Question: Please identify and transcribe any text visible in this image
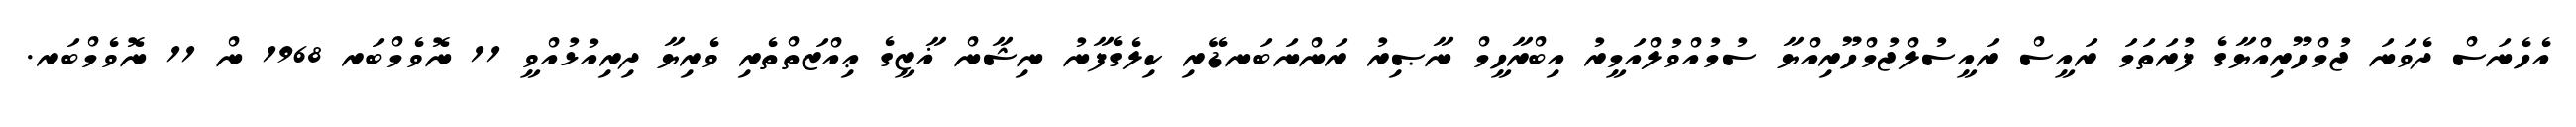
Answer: އެހެނަސް ދެވަނަ ޖުމްހޫރިއްޔާގެ ފުރަތަމަ ރައީސް ރައީސުލްޖުމްހޫރިއްޔާ ސުމުއްވުލްއަމީރު އިބްރާހީމް ނާޞިރު ރަންނަބަނޑޭރި ކިލެގެފާނު ނިޝާން ޣާޒީގެ ޢިއްޒަތްތެރި ވެރިޔާ ދިރިއުޅުއްވީ 11 ނޮވެމްބަރ 1968 ން 11 ނޮވެމްބަރ.